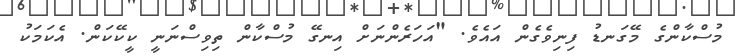
މުސްކާންގެ މޭގަނޑު ފިނިވެގެން އައެވެ. "އަހަރެންނަށް އިނގޭ މުސްކާން ތިވިސްނަނީ ކީކޭކަން. އެކަމަކު